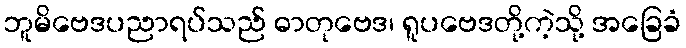
ဘူမိဗေဒပညာရပ်သည် ဓာတုဗေဒ၊ ရူပဗေဒတို့ကဲ့သို့ အခြေခံ